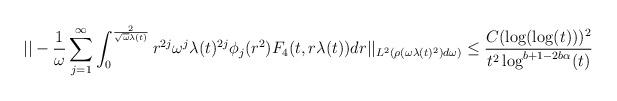
LaTeX: \begin{align*} ||-\frac{1}{\omega} \sum_{j=1}^{\infty} \int_{0}^{\frac{2}{\sqrt{\omega} \lambda(t)}} r^{2j} \omega ^{j} \lambda(t)^{2j} \phi_{j}(r^{2}) F_{4}(t,r\lambda(t)) dr||_{L^{2}(\rho(\omega \lambda(t)^{2}) d\omega)} \leq \frac{C (\log(\log(t)))^{2}}{t^{2} \log^{b+1-2b\alpha}(t)}\end{align*}